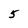
Character: 5